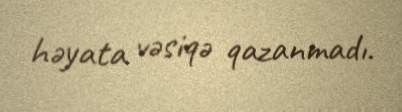
həyata vəsiqə qazanmadı.